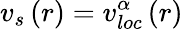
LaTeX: v_{s}\left(r\right)=v_{loc}^{\alpha}\left(r\right)